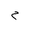
Letter: _mim